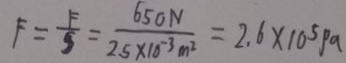
F = \frac { F } { S } = \frac { 6 5 0 N } { 2 . 5 \times 1 0 ^ { - 3 } m ^ { 2 } } = 2 . 6 \times 1 0 ^ { 5 } P a